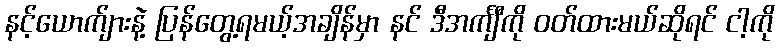
နင့်ယောက်ျားနဲ့ ပြန်တွေ့ရမယ့်အချိန်မှာ နင် ဒီအင်္ကျီကို ဝတ်ထားမယ်ဆိုရင် ငါ့ကို